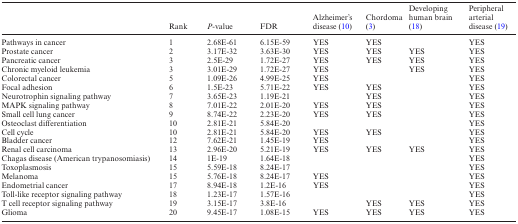
|  | Rank | P-value | FDR | Alzheimer's disease (10) | Chordoma (3) | Developing human brain (18) | Peripheral arterial disease (19) |
 | --- | --- | --- | --- | --- | --- | --- | --- |
 | Pathways in cancer | 1 | 2.68E-61 | 6.15E-59 | YES | YES |  | YES |
 | Prostate cancer | 2 | 3.17E-32 | 3.63E-30 | YES | YES | YES | YES |
 | Pancreatic cancer | 3 | 2.5E-29 | 1.72E-27 | YES | YES | YES | YES |
 | Chronic myeloid leukemia | 3 | 3.01E-29 | 1.72E-27 | YES |  | YES | YES |
 | Colorectal cancer | 5 | 1.09E-26 | 4.99E-25 | YES |  |  | YES |
 | Focal adhesion | 6 | 1.5E-23 | 5.71E-22 | YES | YES |  | YES |
 | Neurotrophin signaling pathway | 7 | 3.65E-23 | 1.19E-21 |  | YES |  | YES |
 | MAPK signaling pathway | 8 | 7.01E-22 | 2.01E-20 | YES | YES |  | YES |
 | Small cell lung cancer | 9 | 8.74E-22 | 2.23E-20 | YES | YES |  | YES |
 | Osteoclast differentiation | 10 | 2.81E-21 | 5.84E-20 |  |  |  | YES |
 | Cell cycle | 10 | 2.81E-21 | 5.84E-20 | YES | YES |  | YES |
 | Bladder cancer | 12 | 7.62E-21 | 1.45E-19 | YES |  |  | YES |
 | Renal cell carcinoma | 13 | 2.96E-20 | 5.21E-19 | YES | YES | YES | YES |
 | Chagas disease (American trypanosomiasis) | 14 | 1E-19 | 1.64E-18 |  |  |  | YES |
 | Toxoplasmosis | 15 | 5.59E-18 | 8.24E-17 |  |  |  | YES |
 | Melanoma | 15 | 5.76E-18 | 8.24E-17 | YES |  |  | YES |
 | Endometrial cancer | 17 | 8.94E-18 | 1.2E-16 | YES |  |  | YES |
 | Toll-like receptor signaling pathway | 18 | 1.23E-17 | 1.57E-16 |  |  |  | YES |
 | T cell receptor signaling pathway | 19 | 3.15E-17 | 3.8E-16 |  | YES | YES | YES |
 | Glioma | 20 | 9.45E-17 | 1.08E-15 | YES | YES | YES | YES |